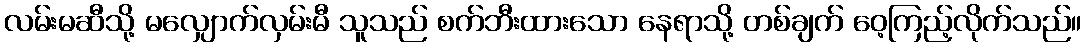
လမ်းမဆီသို့ မလျှောက်လှမ်းမီ သူသည် စက်ဘီးထားသော နေရာသို့ တစ်ချက် ဝေ့ကြည့်လိုက်သည်။